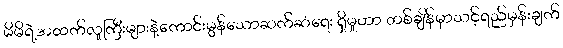
မိမိရဲ့အထက်လူကြီးများနဲ့ကောင်းမွန်သောဆက်ဆံရေး ရှိမှုဟာ တစ်ချိန်မှာသင့်ရည်မှန်းချက်